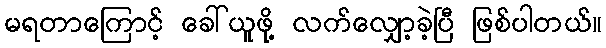
မရတာကြောင့် ခေါ်ယူဖို့ လက်လျှော့ခဲ့ပြီ ဖြစ်ပါတယ်။